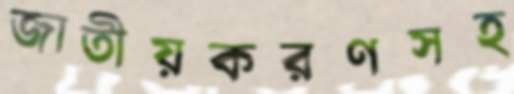
জাতীয়করণসহ